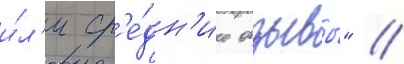
и́л'и ср'е́дн'ие отзывы" //